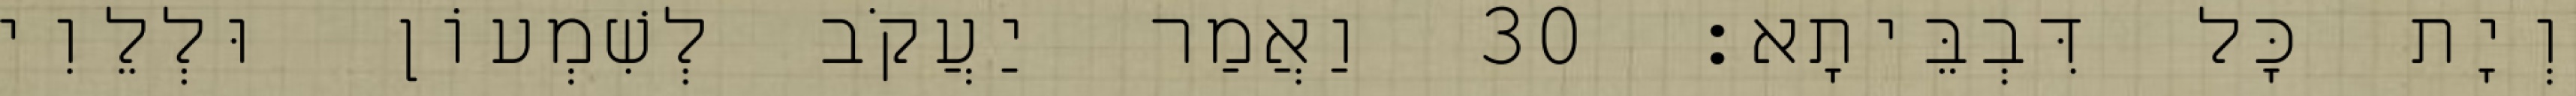
וְיָת כָּל דִּבְבֵּיתָא׃ 30 וַאֲמַר יַעֲקֹב לְשִׁמְעוֹן וּלְלֵוִי